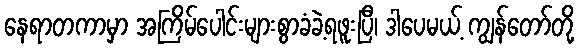
နေရာတကာမှာ အကြိမ်ပေါင်းများစွာခံခဲ့ရဖူးပြီ၊ ဒါပေမယ့် ကျွန်တော်တို့